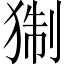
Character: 猘